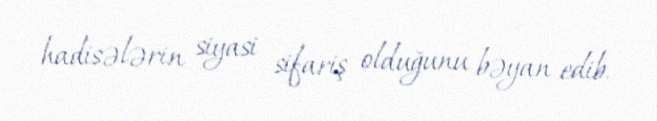
hadisələrin siyasi sifariş olduğunu bəyan edib.